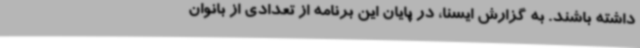
داشته باشند. به گزارش ایسنا، در پایان این برنامه از تعدادی از بانوان